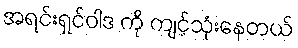
အရင်းရှင်ဝါဒ ကို ကျင့်သုံးနေတယ်